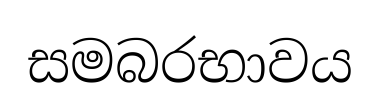
සමබරභාවය